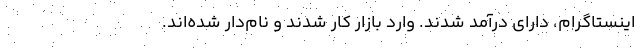
اینستاگرام، دارای درآمد شدند. وارد بازار کار شدند و نام‌دار شده‌اند.